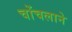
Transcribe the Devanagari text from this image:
चोंचलाने